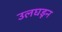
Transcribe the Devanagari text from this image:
उलघडून